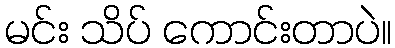
မင်း သိပ် ကောင်းတာပဲ။